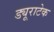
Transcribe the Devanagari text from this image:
ड्यूराटेक